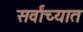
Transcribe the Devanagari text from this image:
सर्वांच्यात